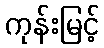
ကုန်းမြင့်